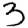
Digit: 3